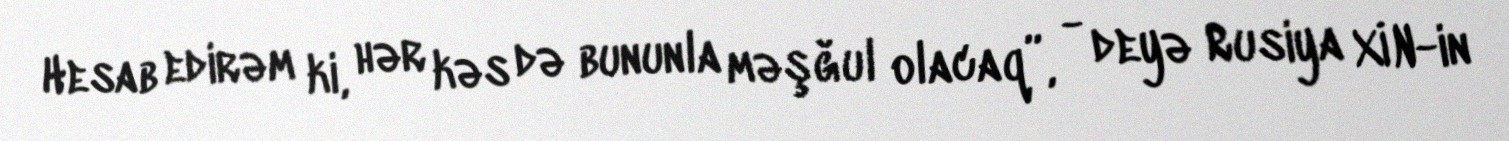
Hesab edirəm ki, hər kəs də bununla məşğul olacaq”, - deyə Rusiya XİN-in